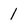
Character: 1